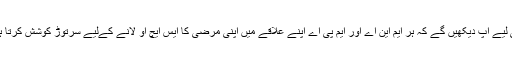
اسی لیے آپ دیکھیں گے کہ ہر ایم این اے اور ایم پی اے اپنے علاقے میں اپنی مرضی کا ایس ایچ او لانے کےلیے سرتوڑ کوشش کرتا ہے۔